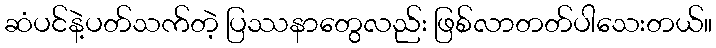
ဆံပင်နဲ့ပတ်သက်တဲ့ ပြဿနာတွေလည်း ဖြစ်လာတတ်ပါသေးတယ်။